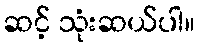
ဆင့် သုံးဆယ်ပါ။